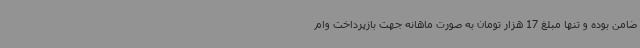
ضامن بوده و تنها مبلغ 17 هزار تومان به صورت ماهانه جهت بازپرداخت وام